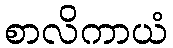
စာလိကာယံ